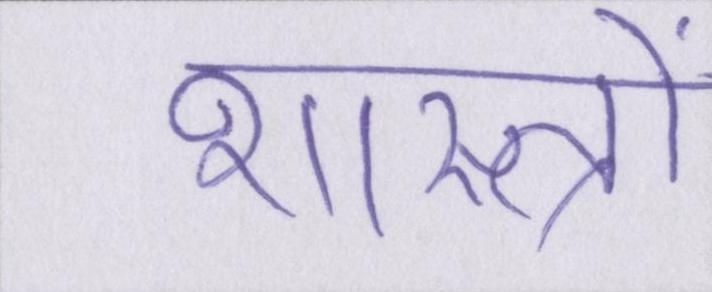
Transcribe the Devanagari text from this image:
शास्त्रों